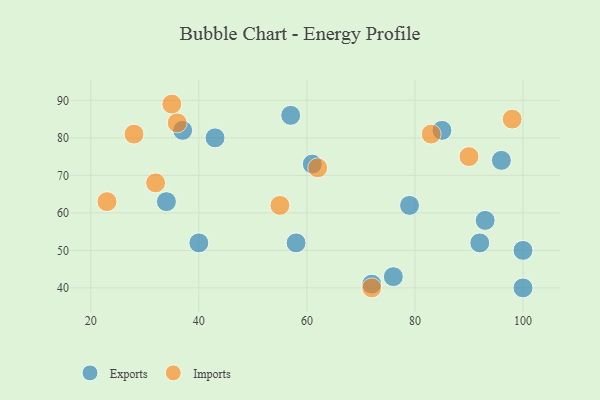
{"axis": {"x": "GDP", "y": "Life Expectancy"}, "legend": ["Exports", "Imports"], "data": [{"x": "61", "y": 73, "type": "Exports"}, {"x": "96", "y": 74, "type": "Exports"}, {"x": "34", "y": 63, "type": "Exports"}, {"x": "93", "y": 58, "type": "Exports"}, {"x": "79", "y": 62, "type": "Exports"}, {"x": "58", "y": 52, "type": "Exports"}, {"x": "40", "y": 52, "type": "Exports"}, {"x": "43", "y": 80, "type": "Exports"}, {"x": "76", "y": 43, "type": "Exports"}, {"x": "100", "y": 50, "type": "Exports"}, {"x": "37", "y": 82, "type": "Exports"}, {"x": "100", "y": 40, "type": "Exports"}, {"x": "92", "y": 52, "type": "Exports"}, {"x": "72", "y": 41, "type": "Exports"}, {"x": "57", "y": 86, "type": "Exports"}, {"x": "85", "y": 82, "type": "Exports"}, {"x": "98", "y": 85, "type": "Imports"}, {"x": "32", "y": 68, "type": "Imports"}, {"x": "90", "y": 75, "type": "Imports"}, {"x": "62", "y": 72, "type": "Imports"}, {"x": "72", "y": 40, "type": "Imports"}, {"x": "83", "y": 81, "type": "Imports"}, {"x": "35", "y": 89, "type": "Imports"}, {"x": "28", "y": 81, "type": "Imports"}, {"x": "36", "y": 84, "type": "Imports"}, {"x": "55", "y": 62, "type": "Imports"}, {"x": "23", "y": 63, "type": "Imports"}]}